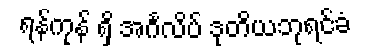
ရန်ကုန် ရှိ အင်္ဂလိပ် ဒုတိယဘုရင်ခံ